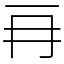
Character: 𠕅